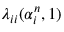
\lambda _ { i i } ( \alpha _ { i } ^ { n } , 1 )